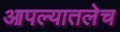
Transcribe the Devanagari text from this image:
आपल्यातलेच